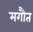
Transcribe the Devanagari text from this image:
मगौत